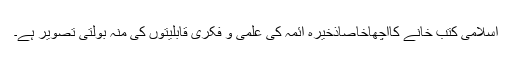
اسلامی کتب خانے کااچھاخاصاذخیرہ ائمہ کی علمی و فکری قابلیتوں کی منہ بولتی تصویر ہے۔